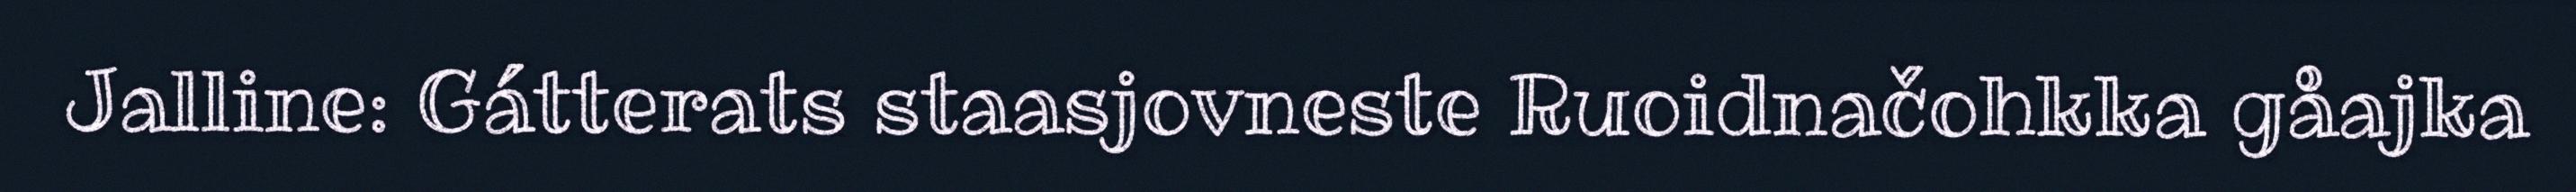
Jalline: Gátterats staasjovneste Ruoidnačohkka gåajka